Reports on dispensaries and lunatic asylums in the Province of Oudh - 1869-1876
Year: 1869
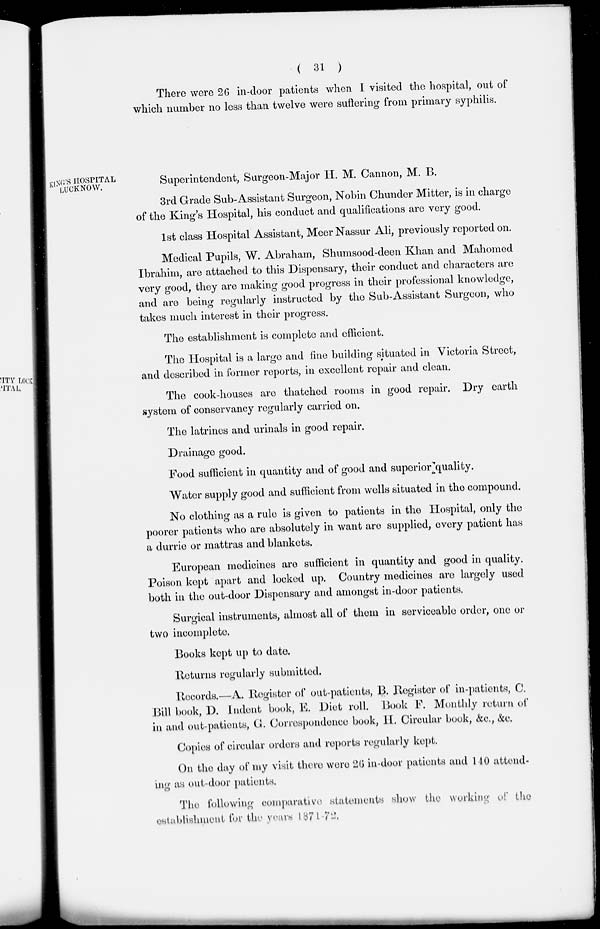
( 31 )
There were 26 in-door patients when I visited the hospital, out of
which number no less than twelve were suffering from primary syphilis.
KINGS HOSPITAL
LUCKNOW.
Superintendent, Surgeon-Major II. M. Cannon, M. B.
3rd Grade Sub-Assistant Surgeon, Nobin Chunder Mitter, is in charge
of the King's Hospital, his conduct and qualifications are very good.
1st class Hospital Assistant, Meer Nassur Ali, previously reported on.
Medical Pupils, W. Abraham, Shumsood-deen Khan and Mahomed
Ibrahim, are attached to this Dispensary, their conduct and characters are
very good, they are making good progress in their professional knowledge,
and are being regularly instructed by the Sub-Assistant Surgeon, who
takes much interest in their progress.
The establishment is complete and efficient.
The Hospital is a large and fine building situated in Victoria Street,
and described in former reports, in excellent repair and clean.
The cook-houses are thatched rooms in good repair. Dry earth
system of conservancy regularly carried on.
The latrines and urinals in good repair.
Drainage good.
Food sufficient in quantity and of good and superior quality.
Water supply good and sufficient from wells situated in the compound.
No clothing as a rule is given to patients in the Hospital, only the
poorer patients who are absolutely in want are supplied, every patient has
a durrie or mattras and blankets.
European medicines are sufficient in quantity and good in quality.
Poison kept apart and locked up. Country medicines are largely used
both in the out-door Dispensary and amongst in-door patients.
Surgical instruments, almost all of them in serviceable order, one or
two incomplete.
Books kept up to date.
Returns regularly submitted.
Records.—A. Register of out-patients, B .Register of in-patients, C.
Bill book, D. Indent book, E. Diet roll. Book F. Monthly return of
in and out-patients, G. Correspondence book, H. Circular book, &c., &c.
Copies of circular orders and reports regularly kept.
On the day of my visit there were 26 in-door patients and 140 attend-
ing as out-door patients.
The following comparative statements show the working of the
establishment for the years 1871-72.